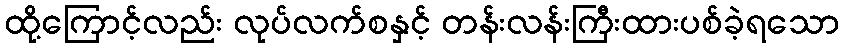
ထို့ကြောင့်လည်း လုပ်လက်စနှင့် တန်းလန်းကြီးထားပစ်ခဲ့ရသော